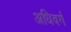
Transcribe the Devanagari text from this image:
अधिवर्ग